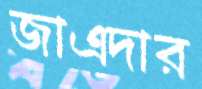
জাএদার